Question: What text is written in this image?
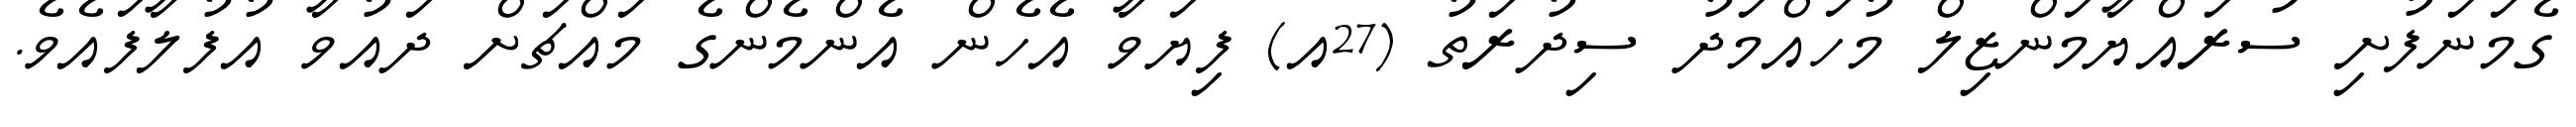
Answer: ގެމަނަފުށި ސުރައްޔާމަންޒިލް މުހައްމަދު ސިދުރަތު (27އ) ފިޔަވާ އެހެން އެންމެންގެ މައްޗަށް ދައުވާ އުފުލާފައެވެ.